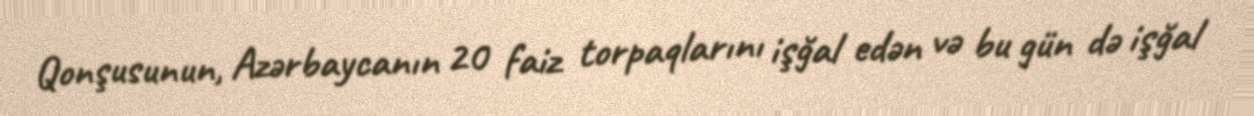
Qonşusunun, Azərbaycanın 20 faiz torpaqlarını işğal edən və bu gün də işğal